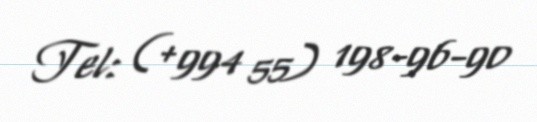
Tel: (+994 55) 198-96-90